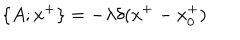
LaTeX: \{ A ; x ^ { + } \} = - \lambda \delta ( x ^ { + } - x _ { 0 } ^ { + } )